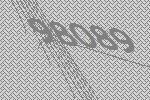
98089